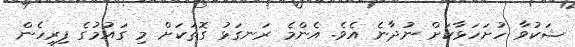
ޝަކުވާ ހުށަހަޅާކަށް ނުދާނެ އެވެ. އެންމެ ރަނގަޅު ގޮތަކަށް މި ގައުމުގެ ފިރިހެން